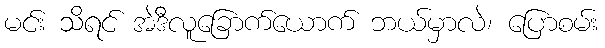
မင်း သိရင် အဲဒီလူခြောက်ယောက် ဘယ်မှာလဲ၊ ပြောစမ်း